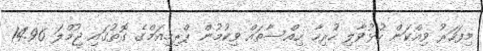
މިފަހަރު ވިއްކަން ހުޅުވާލި ހުރިހާ ހިއްސާތައް ވިކުމުން ޕްރިމިއަމްގެ ގޮތުގައި ޖުމްލަ 14.96